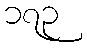
၁၇၃